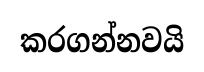
කරගන්නවයි